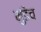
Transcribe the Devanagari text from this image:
मुंडेच